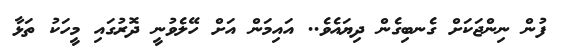
ފުން ނިންޖަކަށް ގެނބިގެން ދިޔައެވެ.. އައިމަން އަށް ހޭލެވުނީ ދޮރުގައި މީހަކު ތަޅާ